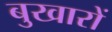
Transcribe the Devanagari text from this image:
बुखारों